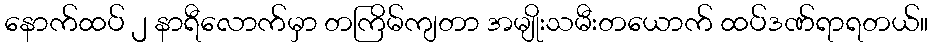
နောက်ထပ် ၂ နာရီလောက်မှာ တကြိမ်ကျတာ အမျိုးသမီးတယောက် ထပ်ဒဏ်ရာရတယ်။